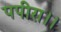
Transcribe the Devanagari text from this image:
पपीरा।।